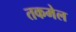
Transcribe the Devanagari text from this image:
तकमेल